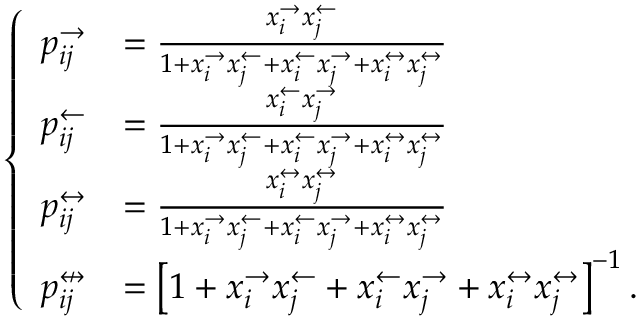
\left\{ \begin{array} { l l } { p _ { i j } ^ { \rightarrow } } & { = \frac { x _ { i } ^ { \rightarrow } x _ { j } ^ { \leftarrow } } { 1 + x _ { i } ^ { \rightarrow } x _ { j } ^ { \leftarrow } + x _ { i } ^ { \leftarrow } x _ { j } ^ { \rightarrow } + x _ { i } ^ { \leftrightarrow } x _ { j } ^ { \leftrightarrow } } } \\ { p _ { i j } ^ { \leftarrow } } & { = \frac { x _ { i } ^ { \leftarrow } x _ { j } ^ { \rightarrow } } { 1 + x _ { i } ^ { \rightarrow } x _ { j } ^ { \leftarrow } + x _ { i } ^ { \leftarrow } x _ { j } ^ { \rightarrow } + x _ { i } ^ { \leftrightarrow } x _ { j } ^ { \leftrightarrow } } } \\ { p _ { i j } ^ { \leftrightarrow } } & { = \frac { x _ { i } ^ { \leftrightarrow } x _ { j } ^ { \leftrightarrow } } { 1 + x _ { i } ^ { \rightarrow } x _ { j } ^ { \leftarrow } + x _ { i } ^ { \leftarrow } x _ { j } ^ { \rightarrow } + x _ { i } ^ { \leftrightarrow } x _ { j } ^ { \leftrightarrow } } } \\ { p _ { i j } ^ { \nleftrightarrow } } & { = \left[ 1 + x _ { i } ^ { \rightarrow } x _ { j } ^ { \leftarrow } + x _ { i } ^ { \leftarrow } x _ { j } ^ { \rightarrow } + x _ { i } ^ { \leftrightarrow } x _ { j } ^ { \leftrightarrow } \right] ^ { - 1 } . } \end{array} \right.